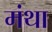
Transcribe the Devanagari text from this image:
मंथा